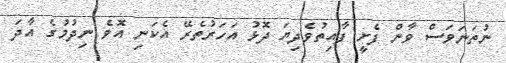
ނުތަނަވަސް ވާން ފެށީ ފާއިތުވެދިޔަ ދޮޅު އަހަރުތެރޭ އެކަނި އޮވެ ނިދުމުގެ އާދަ